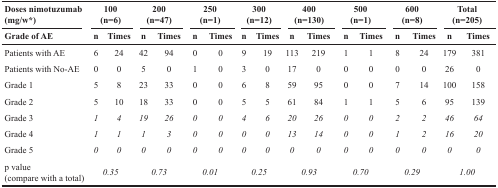
<table><thead><tr><td><b>Doses nimotuzumab (mg/w*)</b></td><td colspan="2"><b>100(n=6)</b></td><td colspan="2"><b>200(n=47)</b></td><td colspan="2"><b>250(n=1)</b></td><td colspan="2"><b>300(n=12)</b></td><td colspan="2"><b>400(n=130)</b></td><td colspan="2"><b>500(n=1)</b></td><td colspan="2"><b>600(n=8)</b></td><td colspan="2"><b>Total(n=205)</b></td></tr><tr><td><b>Grade of AE</b></td><td><b>n</b></td><td><b>Times</b></td><td><b>n</b></td><td><b>Times</b></td><td><b>n</b></td><td><b>Times</b></td><td><b>n</b></td><td><b>Times</b></td><td><b>n</b></td><td><b>Times</b></td><td><b>n</b></td><td><b>Times</b></td><td><b>n</b></td><td><b>Times</b></td><td><b>n</b></td><td><b>Times</b></td></tr></thead><tbody><tr><td>Patients with AE</td><td>6</td><td>24</td><td>42</td><td>94</td><td>0</td><td>0</td><td>9</td><td>19</td><td>113</td><td>219</td><td>1</td><td>1</td><td>8</td><td>24</td><td>179</td><td>381</td></tr><tr><td>Patients with No-AE</td><td>0</td><td>0</td><td>5</td><td>0</td><td>1</td><td>0</td><td>3</td><td>0</td><td>17</td><td>0</td><td>0</td><td>0</td><td>0</td><td>0</td><td>26</td><td>0</td></tr><tr><td>Grade 1</td><td>5</td><td>8</td><td>23</td><td>33</td><td>0</td><td>0</td><td>6</td><td>8</td><td>59</td><td>95</td><td>0</td><td>0</td><td>7</td><td>14</td><td>100</td><td>158</td></tr><tr><td>Grade 2</td><td>5</td><td>10</td><td>18</td><td>33</td><td>0</td><td>0</td><td>5</td><td>5</td><td>61</td><td>84</td><td>1</td><td>1</td><td>5</td><td>6</td><td>95</td><td>139</td></tr><tr><td>Grade 3</td><td><i>1</i></td><td><i>4</i></td><td><i>19</i></td><td><i>26</i></td><td><i>0</i></td><td><i>0</i></td><td><i>4</i></td><td><i>6</i></td><td><i>20</i></td><td><i>26</i></td><td><i>0</i></td><td><i>0</i></td><td><i>2</i></td><td><i>2</i></td><td><i>46</i></td><td><i>64</i></td></tr><tr><td>Grade 4</td><td><i>1</i></td><td><i>1</i></td><td><i>1</i></td><td><i>3</i></td><td><i>0</i></td><td><i>0</i></td><td><i>0</i></td><td><i>0</i></td><td><i>13</i></td><td><i>14</i></td><td><i>0</i></td><td><i>0</i></td><td><i>1</i></td><td><i>2</i></td><td><i>16</i></td><td><i>20</i></td></tr><tr><td>Grade 5</td><td><i>0</i></td><td><i>0</i></td><td><i>0</i></td><td><i>0</i></td><td><i>0</i></td><td><i>0</i></td><td><i>0</i></td><td><i>0</i></td><td><i>0</i></td><td><i>0</i></td><td><i>0</i></td><td><i>0</i></td><td><i>0</i></td><td><i>0</i></td><td><i>0</i></td><td><i>0</i></td></tr><tr><td>p value (compare with a total)</td><td colspan="2"><i>0.35</i></td><td colspan="2"><i>0.73</i></td><td colspan="2"><i>0.01</i></td><td colspan="2"><i>0.25</i></td><td colspan="2"><i>0.93</i></td><td colspan="2"><i>0.70</i></td><td colspan="2"><i>0.29</i></td><td colspan="2"><i>1.00</i></td></tr></tbody></table>